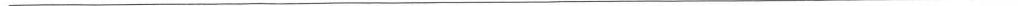
___